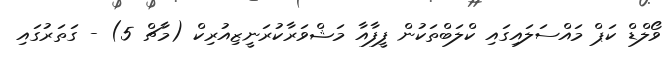
ވޯލްޑް ކަޕް މައްސަލައިގައި ކްލަބްތަކުން ފީފާއާ މަޝްވަރާކުރަނީޒިއުރިކް (މާޗް 5) - ގަތަރުގައި